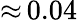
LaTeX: {\approx}\, 0.04